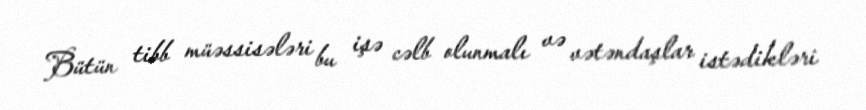
Bütün tibb müəssisələri bu işə cəlb olunmalı və vətəndaşlar istədikləri